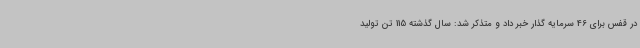
در قفس برای 46 سرمایه گذار خبر داد و متذکر شد: سال گذشته 115 تن تولید